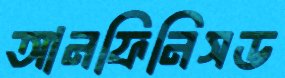
আনফিনিসড